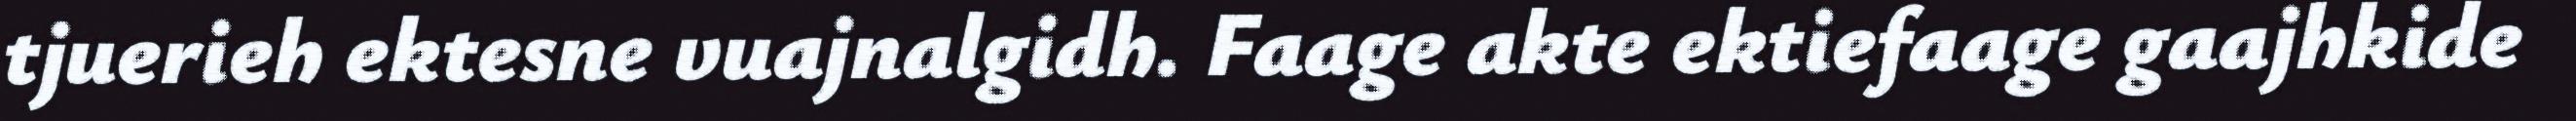
tjuerieh ektesne vuajnalgidh. Faage akte ektiefaage gaajhkide